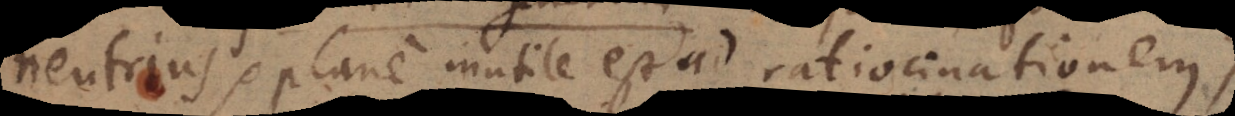
neutrius, plane inutile est ad ratiocinationem,